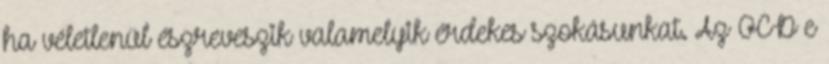
ha véletlenül észreveszik valamelyik érdekes szokásunkat. Az OCD e